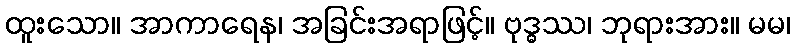
ထူးသော။ အာကာရေန၊ အခြင်းအရာဖြင့်။ ဗုဒ္ဓဿ၊ ဘုရားအား။ မမ၊